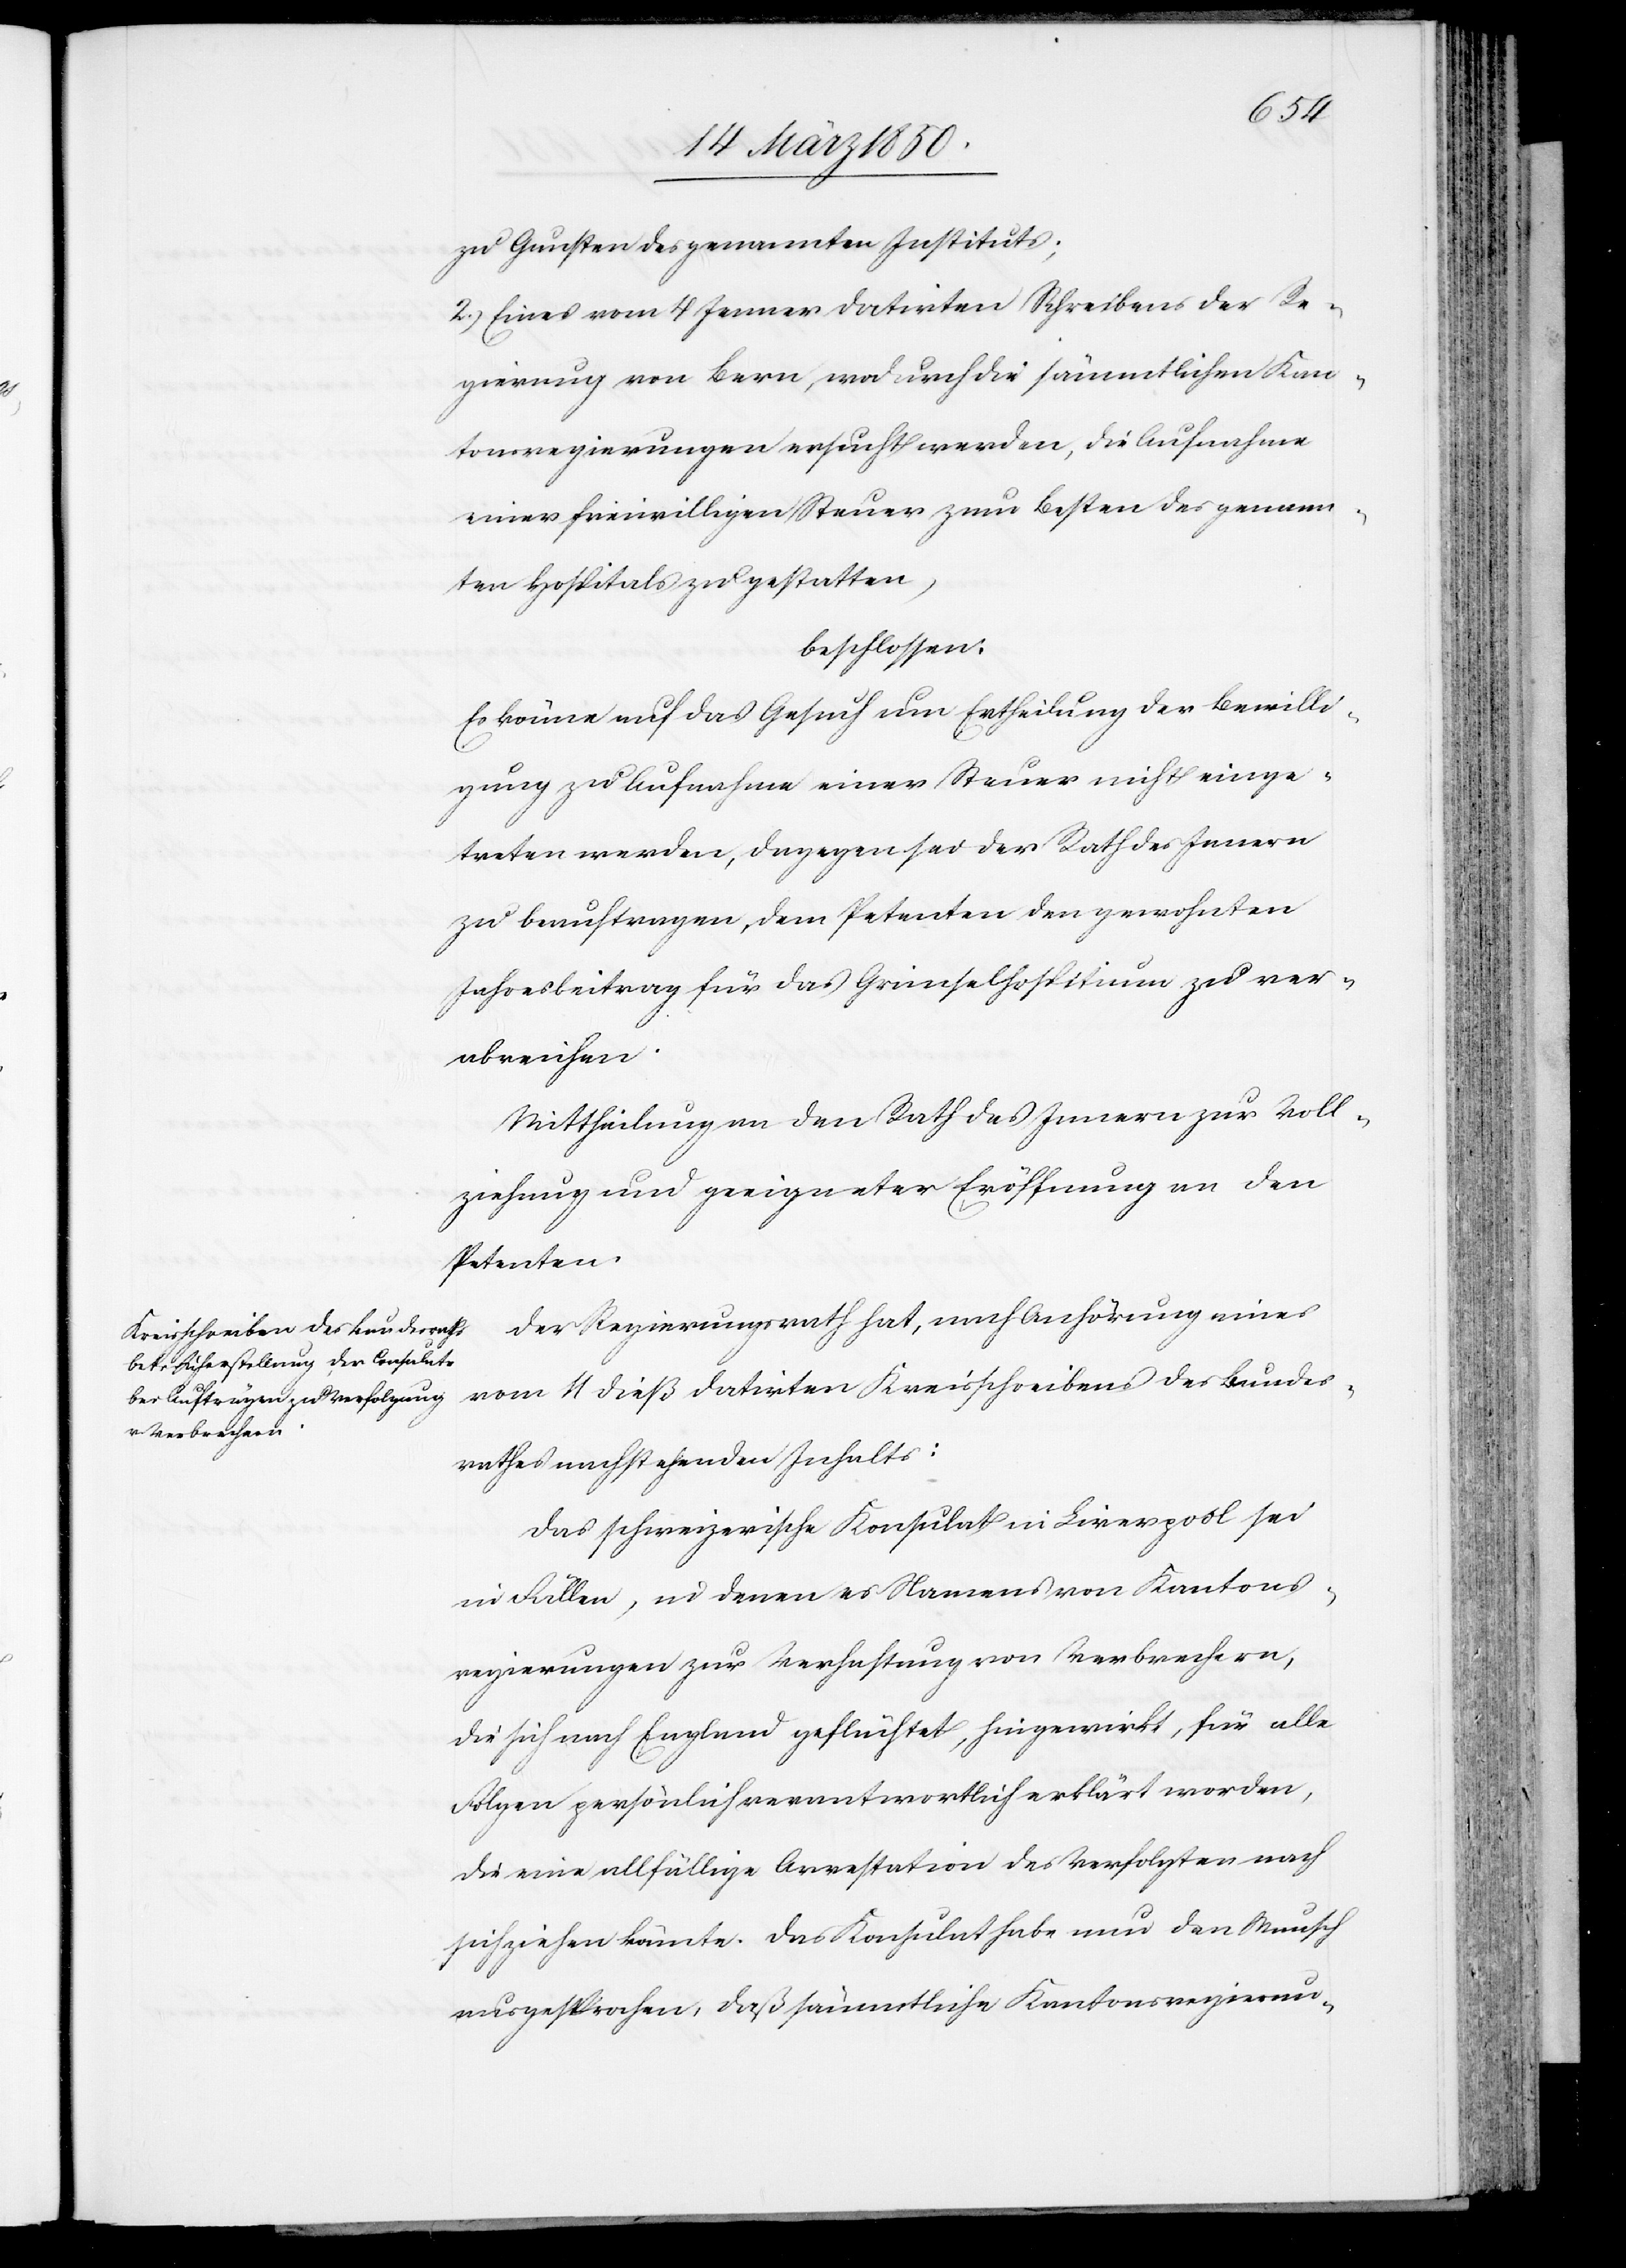
zu Gunsten des genannten Instituts;
2.) Eines vom 4 Jenner datirten Schreibens der Re¬
gierung von Bern, wodurch die sämmtlichen Kan¬
tonsregierungen ersucht werden, die Aufnahme
einer freiwilligen Steuer zum Besten des genann¬
ten Hospitals zu gestatten,
beschlossen:
Es könne auf das Gesuch um Ertheilung der Bewilli¬
gung zu Aufnahme einer Steuer nicht einge¬
treten werden, dagegen sei der Rath des Innern
zu beauftragen, dem Petenten den gewohnten
Jahresbeitrag für das Grimselhospitium zu ver¬
abreichen.
Mittheilung an den Rath des Innern zur Voll¬
ziehung und geeigneter Eröffnung an den
Petenten.
Der Regierungsrath hat, nach Anhörung eines
vom 4 dieß datirten Kreisschreibens des Bundes¬
rathes nachstehenden Inhalts:
Das schweizerische Konsulat in Liverpool sei
in Fällen, in denen es Namens von Kantons¬
regierungen zur Verhaftung von Verbrechern,
die sich nach England geflüchtet, hingewirkt, für alle
Folgen persönlich verantwortlich erklärt worden,
die eine allfällige Arrestation des Verfolgten nach
sich ziehen könnte. Das Konsulat habe nun den Wunsch
ausgesprochen, daß sämmtliche Kantonsregierun-